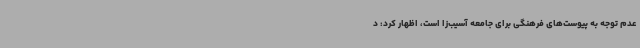
عدم توجه به پیوست‌های فرهنگی برای جامعه آسیب‌زا است، اظهار کرد: د